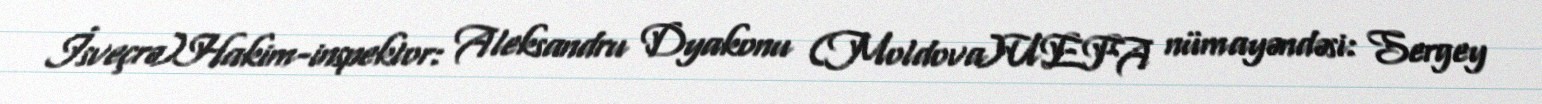
İsveçrə)Hakim-inspektor: Aleksandru Dyakonu (Moldova)UEFA nümayəndəsi: Sergey